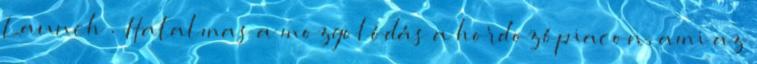
Launch . Hatalmas a mozgolódás a hordozópiacon, ami az